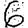
Digit: 6